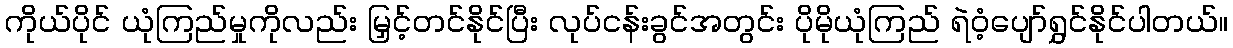
ကိုယ်ပိုင် ယုံကြည်မှုကိုလည်း မြှင့်တင်နိုင်ပြီး လုပ်ငန်းခွင်အတွင်း ပိုမိုယုံကြည် ရဲဝံ့ပျော်ရွှင်နိုင်ပါတယ်။